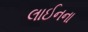
લાઈનના